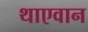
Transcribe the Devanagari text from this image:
थाएवान